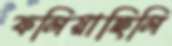
ফলিয়াছিলি